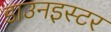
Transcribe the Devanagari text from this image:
डाउनइस्टर